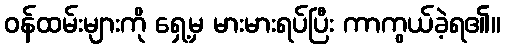
ဝန်ထမ်းများကို ရှေ့မှ မားမားရပ်ပြီး ကာကွယ်ခဲ့ရ၏။